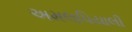
અમલપિયાલી